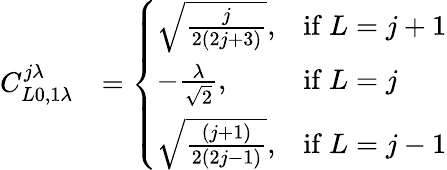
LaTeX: \begin{array}{rl}{C_{L0,1\lambda}^{j\lambda}}&{=\left\{ \begin{array}{ll}{\sqrt{\frac{j}{2(2j+3)}},}&{\mathrm{if~}L=j+1}\\ {-\frac{\lambda}{\sqrt{2}},}&{\mathrm{if~}L=j}\\ {\sqrt{\frac{(j+1)}{2(2j-1)}},}&{\mathrm{if~}L=j-1}\end{array}\right.}\end{array}